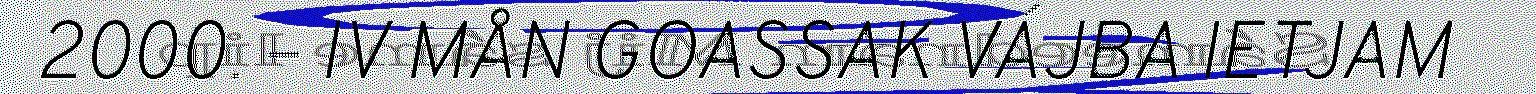
2000. – IV MÅN GOASSAK VÁJBA IETJAM